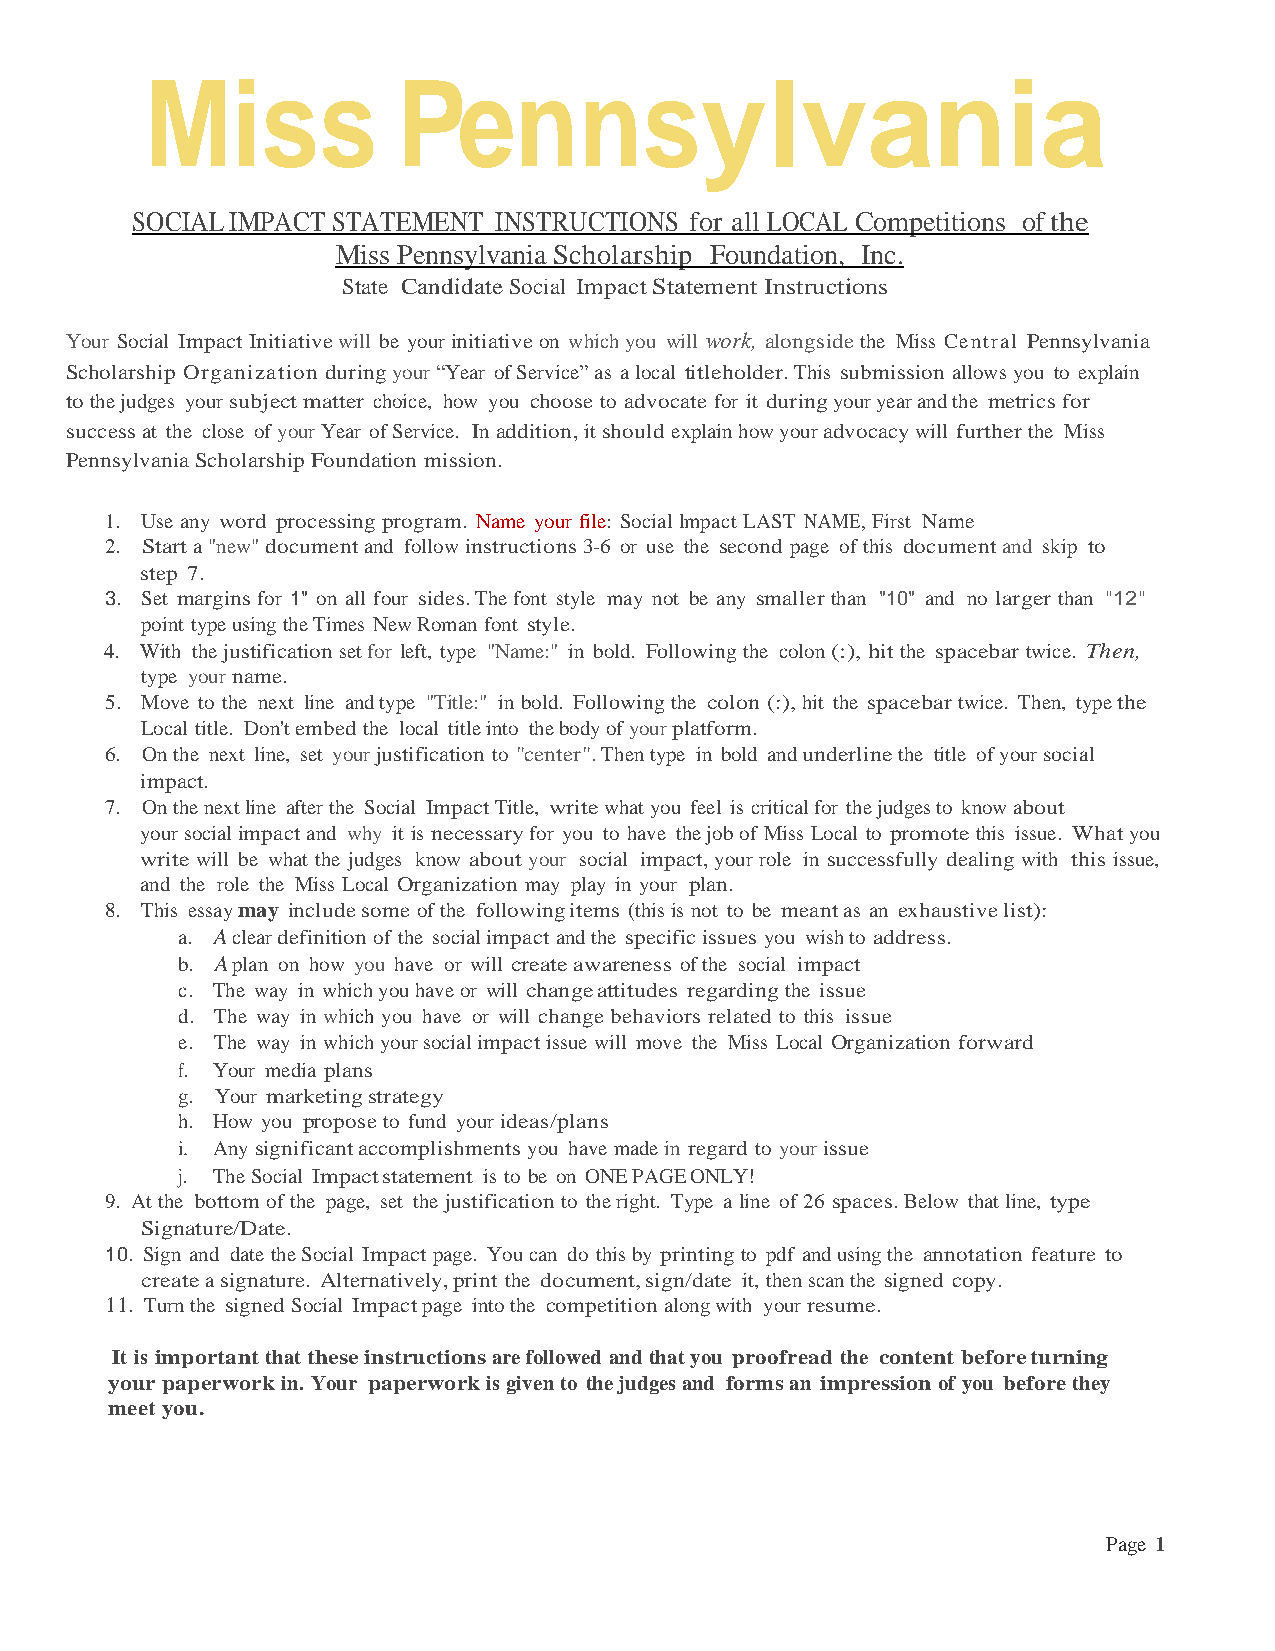
Miss            Pennsylvania
 SOCIAL IMPACT STATEMENT INSTRUCTIONS for all LOCAL Competitions of the
 Miss Pennsylvania Scholarship Foundation, Inc.
 State Candidate Social Impact Statement Instructions
 Your Social Impact Initiative will be your initiative on which you will work, alongside the Miss Central Pennsylvania
 Scholarship Organization during your “Year of Service” as a local titleholder. This submission allows you to explain
 to the judges your subject matter choice, how you choose to advocate for it during your year and the metrics for
 success at the close of your Year of Service. In addition, it should explain how your advocacy will further the Miss
 Pennsylvania Scholarship Foundation mission.
 1. Use any word processing program. Name your file: Social lmpact LAST NAME, First Name
 2. Start a "new" document and follow instructions 3-6 or use the second page of this document and skip to
 step 7.
 3. Set margins for 1" on all four sides. The font style may not be any smaller than "10" and no larger than "12"
 point type using the Times New Roman font style.
 4. With the justification set for left, type "Name:" in bold. Following the colon (:), hit the spacebar twice. Then,
 type your name.
 5. Move to the next line and type "Title:" in bold. Following the colon (:), hit the spacebar twice. Then, type the
 Local title. Don't embed the local title into the body of your platform.
 6. On the next line, set your justification to "center". Then type in bold and underline the title of your social
 impact.
 7. On the next line after the Social Impact Title, write what you feel is critical for the judges to know about
 your social impact and why it is necessary for you to have the job of Miss Local to promote this issue. What you
 write will be what the judges know about your social impact, your role in successfully dealing with this issue,
 and the role the Miss Local Organization may play in your plan.
 8. This essay may include some of the following items (this is not to be meant as an exhaustive list):
 a. A clear definition of the social impact and the specific issues you wish to address.
 b. A plan on how you have or will create awareness of the social impact
 c. The way in which you have or will change attitudes regarding the issue
 d. The way in which you have or will change behaviors related to this issue
 e. The way in which your social impact issue will move the Miss Local Organization forward
 f. Your media plans
 g. Your marketing strategy
 h. How you propose to fund your ideas/plans
 i. Any significant accomplishments you have made in regard to your issue
 j. The Social Impact statement is to be on ONE PAGE ONLY!
 9. At the bottom of the page, set the justification to the right. Type a line of 26 spaces. Below that line, type
 Signature/Date.
 10. Sign and date the Social Impact page. You can do this by printing to pdf and using the annotation feature to
 create a signature. Alternatively, print the document, sign/date it, then scan the signed copy.
 11. Turn the signed Social Impact page into the competition along with your resume.
 It is important that these instructions are followed and that you proofread the content before turning
 your paperwork in. Your paperwork is given to the judges and forms an impression of you before they
 meet you.
 Page 1